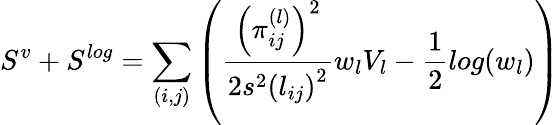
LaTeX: S^{v}+S^{log}=\sum_{(i,j)}\left(\frac{\left(\pi_{ij}^{(l)}\right)^{2}}{2s^{2}\left(l_{ij}\right)^{2}}w_{l}V_{l}-\frac{1}{2}log(w_{l})\right)